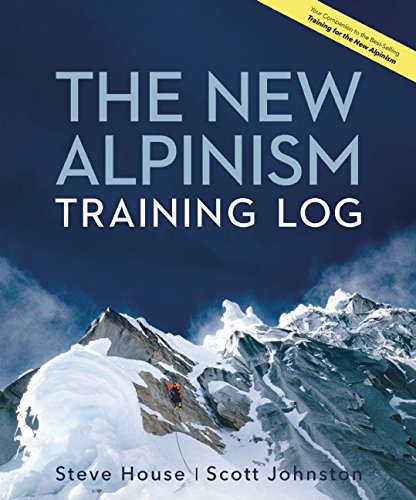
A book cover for The New Alpinism Training Log; Steve House; Health, Fitness & Dieting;